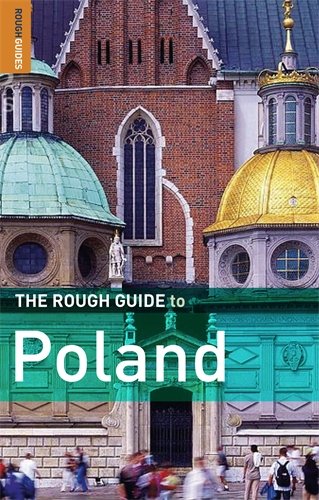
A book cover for The Rough Guide to Poland 7 (Rough Guide Travel Guides); Jonathan Bousfield; Travel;